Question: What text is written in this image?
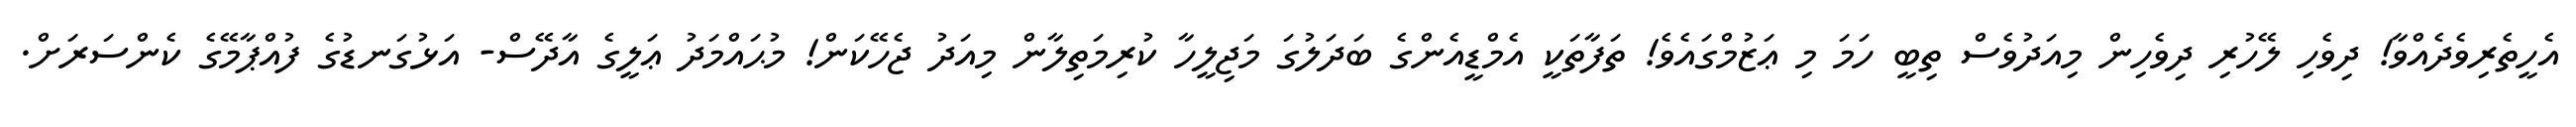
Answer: އެހީތެރިވެދެއްވާ! ދިވެހި ލޭހުރި ދިވެހިން މިއަދުވެސް ތިބީ ހަމަ މި ޢަޒުމްގައެވެ! ތަފާތަކީ އެމްޑީއެންގެ ބަދަލުގަ މަޖިލީހާ ކުރިމަތިލާން މިއަދު ޖެހޭކަން! މުޙައްމަދު ޢަލީގެ އާދޭސް- އަޅުގަނޑުގެ ފުއްޕާމޭގެ ކެންސަރަށް.